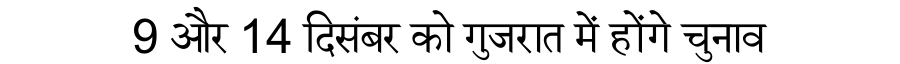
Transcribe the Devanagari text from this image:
9 और 14 दिसंबर को गुजरात में होंगे चुनाव